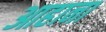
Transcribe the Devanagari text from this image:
आहाना